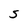
Character: S